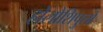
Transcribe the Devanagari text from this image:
होलोशिपुलो